Leaving Certificate Examination (including Day School Certificate (Higher) General paper), 1938
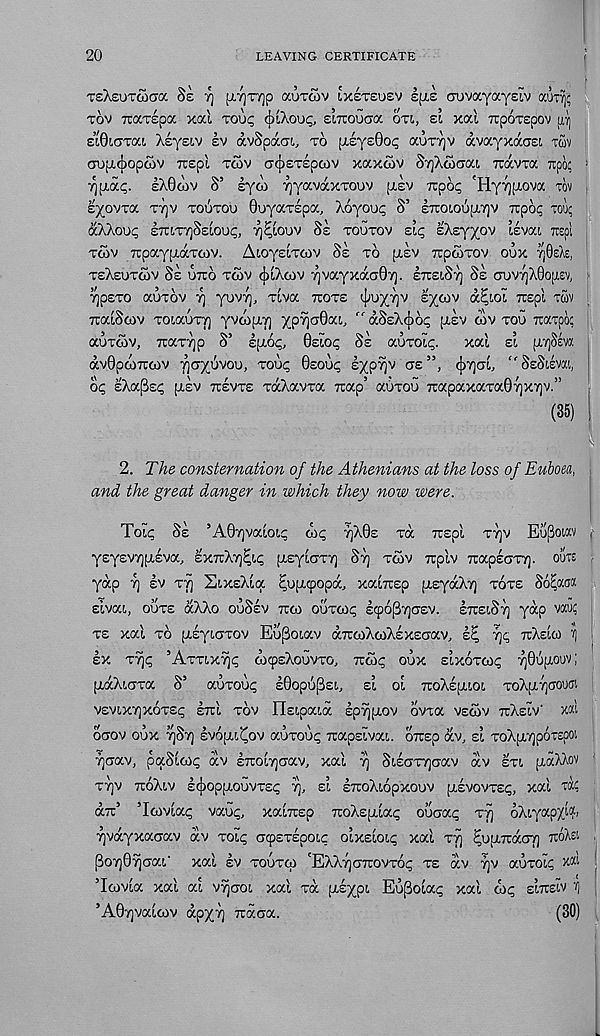
20
LEAVING CERTIFICATE
TsXsoTwaa 8s rj [T."/]T7]p auxcov ixirsosv qis cuvayayslv auxfe
TOV juarepa xal roup (J)iAoup, stTCOucra OTI, si xal Tcporspov ji’)]
£L0LCTTa!, Asysiv sv OI.V8C7.GI, TO [isysGo^ aux'/jV avayxaaxi TUV
aopujiopoiv Ttspl TCOV acpsTspoiv xaxcov S'/jAwGat Travxa TTOQ.:
1X0(Av S’ lyoj Tjyavaxxouv pisv -xpop 'Hyy[xova TOV
eyovxa XTJV XOSXOU ©uyaxspa, Xoyoup S’ sTroioopiTjv xpop TOU?
aXXoUp ETTLXTjSsLOOC, Tj^lOUV 8s XOUTOV zlq EXEY/OV ISVat, TOpt
xoov rcpaypiaxcov. Aioysixcov 8s xo [J.EV Trpoixov oux rfide,
XEXEOXMV Se OTTO XOJV (JILXOV YjvayxocGO - /). ExsiSy Ss Guv/]X0o[i,ev,
Tjpexo aoxov rj yovy], xiva TTOXS (j;oyyv lycov d^iol xspl TWV
TcaiScov xoiauxT) yvwpiTj ypyjGOai, ” dSsX^op ptsv wv xoo Trarpop
auxoov, Tcax7]p S’ epiop, 0eiop 8s aoxoip. xal si arjSIva
dv0pCO7T6)V TjGyOVOO, xoup 0EOUC E/prjV G£ ”, (j)7]Gl,
SsSlEVai,
op eXa^sp [AEV TCSVXS xdXavxa Trap’ auxou 7rapaxaxa07]X7)v.”
(35)
2. The consternation of the Athenians at the loss of Euboea,
and the great danger in which they now were.
Tolp Ss ’A07]Valoip Oip 7]X0S xd TTspl T7)v Eupoiav
ysysv7][xsva, sxizlcrfiq [AsyiGX-/] ST; xtov rcplv TiapsGXT]. oilte
yap 7) sv XT] SixsXla ^opupopd, xaltrsp [rsyaXy] xoxs So&aca
sivai, ouxs dXXo ouSsv TTCO ouxcop s<p6p7)Gsv. ETTSIST] yap vad
xs xal TO (AEyiGxov Eof3oiav drccoXwXsxEoav, sp yjp TCXSICO
SX XT]P ’AVXXLXTJP oiqjsXouvxo, TTCOP oux slxoxcop yOopioov;
[xdXt,Gxa S’ auxoup s0opo[3£i., si ol TroXspuoi XOX[A7]GOUOI
vsvixTjxoxsp ITTI XOV Ilsipaid spr^xov ovxa vsoiv TTXSIV' xai
OGOV oux TJST) EVOUAOV aoxoop Tcapslva!,. oirsp dv, si xoXpoTjpoTepoi
7]Gav, paSlcop dv ETTolyGav, xal TJ SiEGxrjGav dv sxi. p.dXAov
X7]V TToXlV £(j)Opp,OOVXSp y, si sTcoXiopxoov pisvovxsp, xal tac
dx:’ ’Icovlap vaup, xalirsp TroXspilap ouGap xy oXiyapyj^
yvdyxaGav dv xolp Gcpsxspoip olxsloip xal xy ^ufTiraGy TTOXEI
PoyOyGaO xal sv xooxcp 'EXXyGTrovxop xs dv yv auxolp
’Ioivia xal al vyaoi xal xd [isyp!, EoSolap xal d>p SITTSIV ' fj
’A0yvalcov dpyy Traca.
(30)